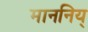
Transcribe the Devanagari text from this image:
माननिय्